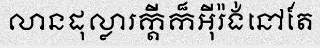
លានដុល្លារក្តីក៏អ៊ីរ៉ង់នៅតែ